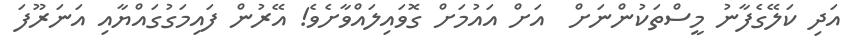
އަދި ކަލޭގެފާނު މީސްތަކުންނަށް  އަށް އައުމަށް ގޮވައިލައްވާށެވެ! އޭރުން ފައިމަގުގައްޔާއި އަނަރޫފަ